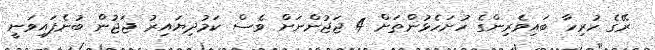
ރޭގެ ހުރިހާ ބައިވެރިންގެ ހުށަހެޅުންތަށް 4 ޖަޖުންނަށް ވެސް ކަމުދިޔައިރު ޖަޖުން ބުނެފައިވަނީ